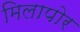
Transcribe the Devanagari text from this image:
मिलापोर